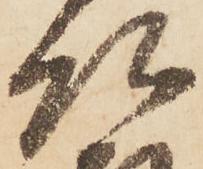
頭